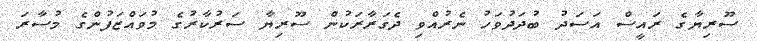
ސޫރިޔާގެ ރައީސް އަސަދު ބުދަދުވަހު ނެރުއްވި ދެގަރާރަކުން ސޫރިޔާ ސަރުކާރުގެ މުވައްޒަފުންގެ މުސާރަ